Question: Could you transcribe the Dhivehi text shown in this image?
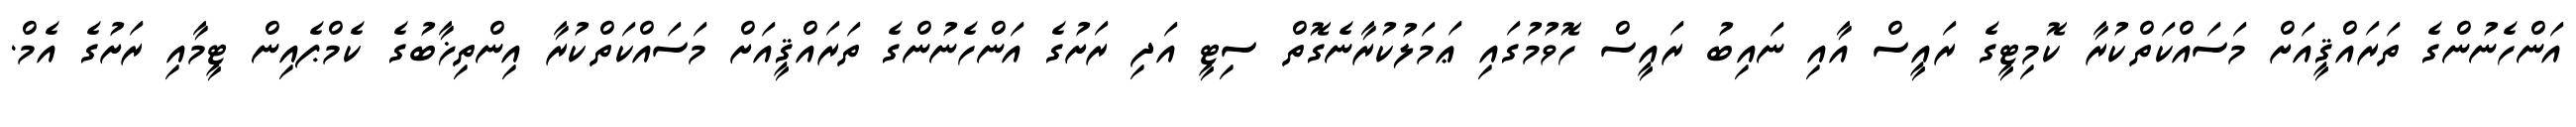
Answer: އަންހެނުންގެ ތަރައްޤީއަށް މަސައްކަތްކުރާ ކޮމިޓީގެ ރައީސް އާއި ނައިބު ރައީސް ހޮވުމުގައި ޢަމަލުކުރާނެގޮތް ސިޓީ އަދި ރަށުގެ އަންހެނުންގެ ތަރައްޤީއަށް މަސައްކަތްކުރާ އިންތިޚާބުގެ ކެމްޕެއިން ޓީމާއި ރަށުގެ އެމް.